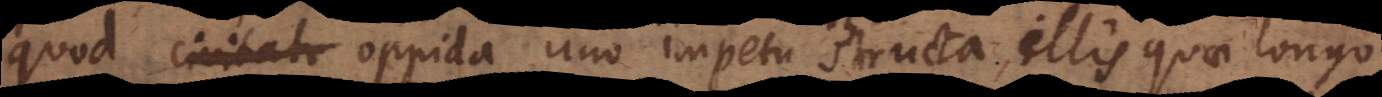
quod civitate oppida uno impetu structa, illis quae longo